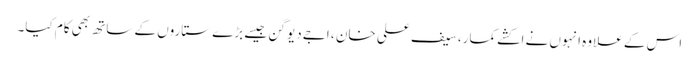
اس کے علاوہ انہوں نے اکشے کمار، سیف علی خان ، اجے دیوگن جیسے بڑے ستاروں کے ساتھ بھی کام کیا۔